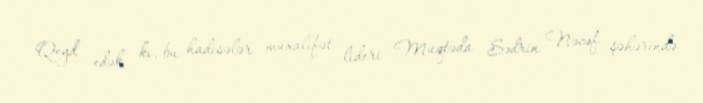
Qeyd edək ki, bu hadisələr müxalifət lideri Müqtəda Sədrin Nəcəf şəhərində